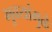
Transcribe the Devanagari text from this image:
भुवयांमुळे